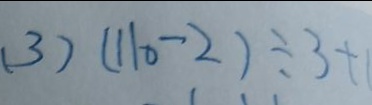
( 3 ) ( 1 1 0 - 2 ) \div 3 + 1